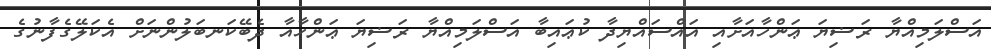
އަސްލަމިއްޔާ ރަޟިޔަ ޢަންހާއަށާއި އައްސައްޔިދާ ކުޢައިބާ އަސްލަމިއްޔާ ރަޟިޔަ ޢަންހާއާ ދެބޭކަނބަލުންނަށް އެކަލޭގެފާނުގެ